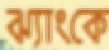
ঝ্যাংকে